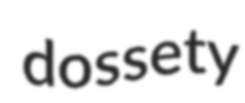
dossety